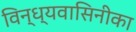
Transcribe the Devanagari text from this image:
विन्ध्यवासिनीका